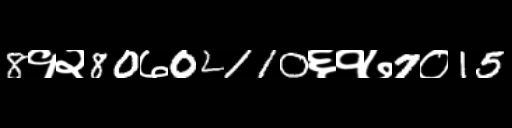
Text: 8१२80७02110६१७7०15